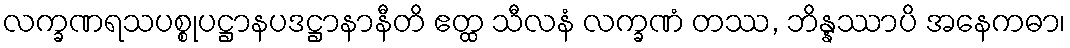
လက္ခဏရသပစ္စုပဋ္ဌာနပဒဋ္ဌာနာနီတိ ဧတ္ထ သီလနံ လက္ခဏံ တဿ, ဘိန္နဿာပိ အနေကဓာ၊